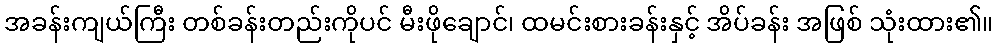
အခန်းကျယ်ကြီး တစ်ခန်းတည်းကိုပင် မီးဖိုချောင်၊ ထမင်းစားခန်းနှင့် အိပ်ခန်း အဖြစ် သုံးထား၏။